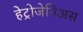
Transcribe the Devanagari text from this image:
हेट्रोजेनिअस